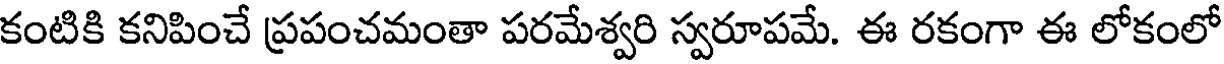
కంటికి కనిపించే ప్రపంచమంతా పరమేశ్వరి స్వరూపమే. ఈ రకంగా ఈ లోకంలో